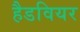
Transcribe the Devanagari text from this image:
हैडवियर